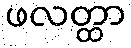
ဖလတ္ထာ